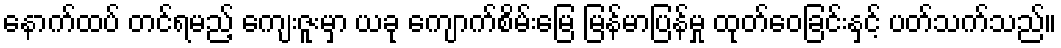
နောက်ထပ် တင်ရမည့် ကျေးဇူးမှာ ယခု ကျောက်စိမ်းမြေ မြန်မာပြန်မှု ထုတ်ဝေခြင်းနှင့် ပတ်သက်သည်။